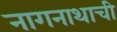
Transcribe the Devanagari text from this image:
नागनाथाची